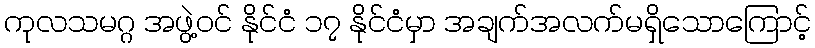
ကုလသမဂ္ဂ အဖွဲ့ဝင် နိုင်ငံ ၁၇ နိုင်ငံမှာ အချက်အလက်မရှိသောကြောင့်